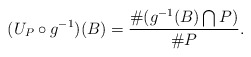
\begin{align*} ( U_P \circ g^{-1} )(B) = \frac{ \# ( g^{-1}(B) \bigcap P )}{\# P}.\end{align*}